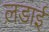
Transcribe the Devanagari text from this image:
ल़डाई